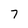
Character: 7